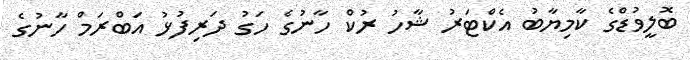
ބޮލީވުޑްގެ ކާމިޔާބު އެކްޓަރު ޝާހު ރުކް ހާނުގެ ހަގު ދަރިފުޅު އަބްރަމް ހާނުގެ